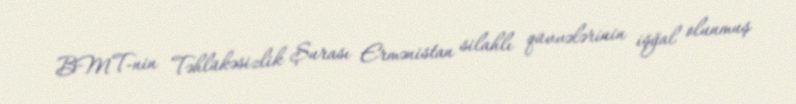
BMT-nin Təhlükəsizlik Şurası Ermənistan silahlı qüvvələrinin işğal olunmuş